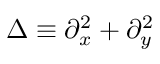
\Delta \equiv \partial _ { x } ^ { 2 } + \partial _ { y } ^ { 2 }